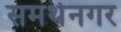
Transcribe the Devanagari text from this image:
समर्थनगर